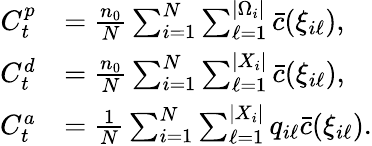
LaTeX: \begin{array}{rl}{C_{t}^{p}}&{=\frac{n_{0}}{N}\sum_{i=1}^{N}\sum_{\ell=1}^{|\Omega_{i}|}\bar{c}(\xi_{i\ell}),}\\ {C_{t}^{d}}&{=\frac{n_{0}}{N}\sum_{i=1}^{N}\sum_{\ell=1}^{|X_{i}|}\bar{c}(\xi_{i\ell}),}\\ {C_{t}^{a}}&{=\frac{1}{N}\sum_{i=1}^{N}\sum_{\ell=1}^{|X_{i}|}q_{i\ell}\bar{c}(\xi_{i\ell}).}\end{array}